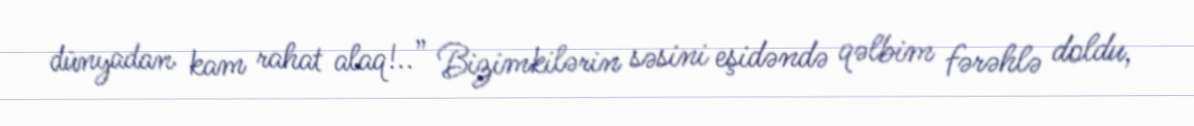
dünyadan kam rahat alaq!..” Bizimkilərin səsini eşidəndə qəlbim fərəhlə doldu,